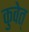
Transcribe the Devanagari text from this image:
कुवेत्